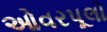
ઓવરપૂલો